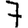
Digit: 7